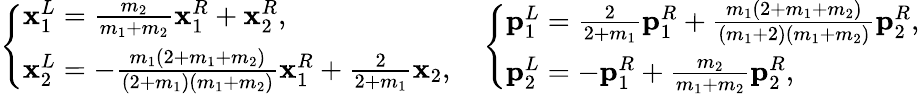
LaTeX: \left\{ \begin{array}{ll}{\mathbf{x}_{1}^{L}=\frac{m_{2}}{m_{1}+m_{2}}\mathbf{x}_{1}^{R}+\mathbf{x}_{2}^{R},}\\ {\mathbf{x}_{2}^{L}=-\frac{m_{1}(2+m_{1}+m_{2})}{(2+m_{1})(m_{1}+m_{2})}\mathbf{x}_{1}^{R}+\frac{2}{2+m_{1}}\mathbf{x}_{2},}\end{array}\right.\quad\left\{ \begin{array}{ll}{\mathbf{p}_{1}^{L}=\frac{2}{2+m_{1}}\mathbf{p}_{1}^{R}+\frac{m_{1}(2+m_{1}+m_{2})}{(m_{1}+2)(m_{1}+m_{2})}\mathbf{p}_{2}^{R},}\\ {\mathbf{p}_{2}^{L}=-\mathbf{p}_{1}^{R}+\frac{m_{2}}{m_{1}+m_{2}}\mathbf{p}_{2}^{R},}\end{array}\right.